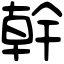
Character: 幹